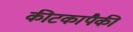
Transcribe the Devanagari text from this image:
कीटकापैकी